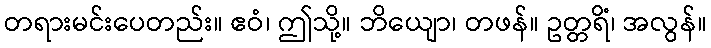
တရားမင်းပေတည်း။ ဧဝံ၊ ဤသို့။ ဘိယျော၊ တဖန်။ ဥတ္တရိံ၊ အလွန်။